Leaving Certificate Examination (including Day School Certificate (Higher) General paper), 1939
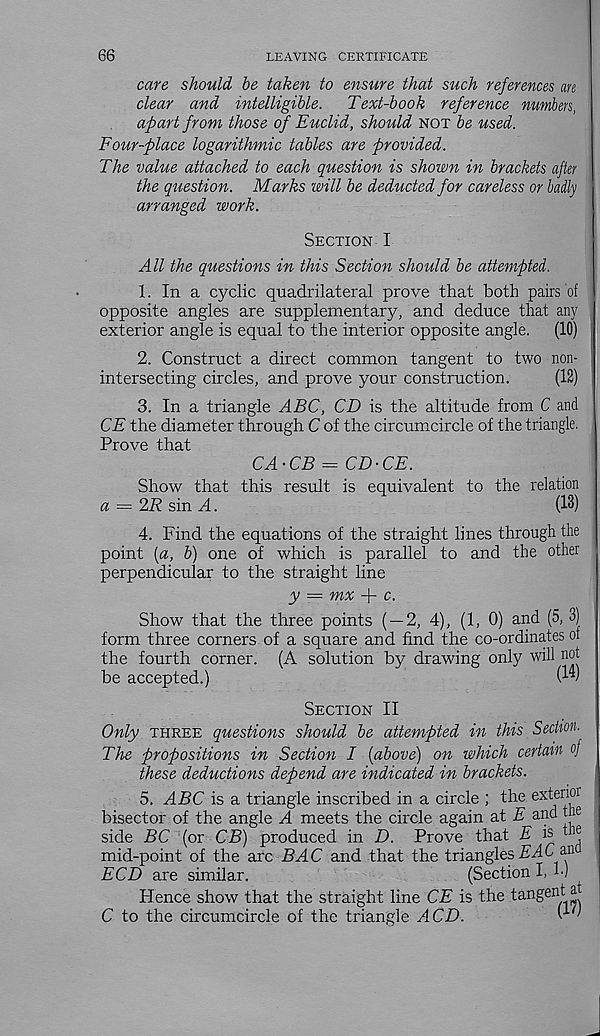
66
LEAVING CERTIFICATE
care should be taken to ensure that such references an
clear and intelligible.
Text-book reference numbers,
apart from those of Euclid, should not be used.
Four-place logarithmic tables are provided.
The value attached to each question is shown in brackets after
the question. Marks will be deducted for careless or badly
arranged work.
Section I
All the questions in this Section should be attempted.
1. In a cyclic quadrilateral prove that both pairs of
opposite angles are supplementary, and deduce that any
exterior angle is equal to the interior opposite angle.
(10)
2. Construct a direct common tangent to two non-
intersecting circles, and prove your construction.
(12)
3. In a triangle ABC, CD is the altitude from C and
CE the diameter through C of the circumcircle of the triangle.
Prove that
CA-CB = CD-CE.
Show that this result is equivalent to the relation
a — 2R sin A.
(13)
4. Find the equations of the straight lines through the
point (a, b) one of which is parallel to and the other
perpendicular to the straight line
y — mx + c.
Show that the three points ( — 2, 4), (1, 0) and (5, 3)
form three corners of a square and find the co-ordinates ol
the fourth corner. (A solution by drawing only will not
be accepted.)
(lv
Section II
Only three questions should be attempted in this Section
The propositions in Section I [above) on which certain of
these deductions depend are indicated in brackets.
5. ABC is a triangle inscribed in a circle ; the extenor
bisector of the angle A meets the circle again at E and the
side BC (or CE) produced in D. Prove that E is the
mid-point of the arc BAC and that the triangles
6 an
ECD are similar.
(Section I, h)
Hence show that the straight line CE is the tangent at
C to the circumcircle of the triangle ACD.
'